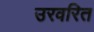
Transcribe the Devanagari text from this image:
उरवरित